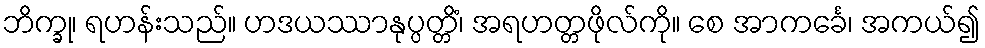
ဘိက္ခု၊ ရဟန်းသည်။ ဟဒယဿာနုပ္ပတ္တိံ၊ အရဟတ္တဖိုလ်ကို။ စေ အာကင်္ခေ၊ အကယ်၍